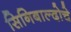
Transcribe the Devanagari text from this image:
सिनिबाल्दोचे